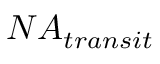
N A _ { t r a n s i t }